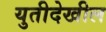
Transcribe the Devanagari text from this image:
युतीदेखील